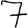
Digit: 7